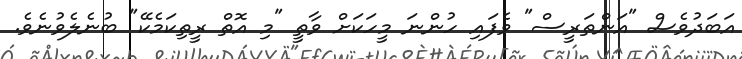
އަބަދުވެސް "އަންތަރީސް" ވެފައި ހުންނަ މީހަކަށް ވާތީ "މި އޮތް ރީތިކަމެކޭ" ބުނެލެވުނެވެ.